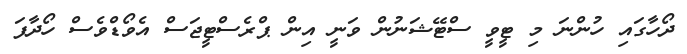
ދޯހާގައި ހުންނަ މި ޓީވީ ސްޓޭޝަނުން ވަނީ އިން ޕްރެސްޓީޖަސް އެވޯޑްވެސް ހޯދާފަ